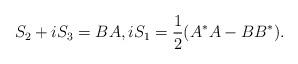
LaTeX: \begin{align*} S_2+iS_3=BA,iS_1=\frac{1}{2}(A^\ast A-B B^\ast).\end{align*}